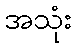
အသုံး